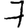
Digit: 7